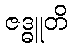
ဇဒ္ဓူတိ